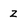
Character: z